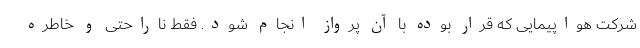
شرکت هواپیمایی که قرار بوده با آن پرواز انجام شود. فقط ناراحتی و خاطره